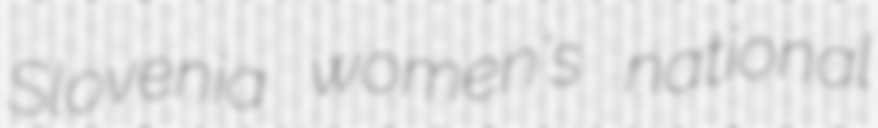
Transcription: Slovenia women's national